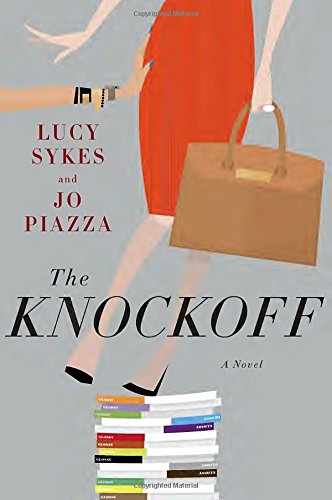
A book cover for The Knockoff: A Novel; Lucy Sykes; Literature & Fiction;